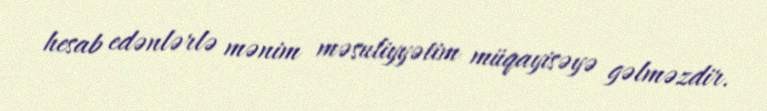
hesab edənlərlə mənim məsuliyyətim müqayisəyə gəlməzdir.